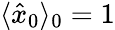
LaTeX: \langle\hat{x}_{0}\rangle_{0}=1